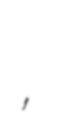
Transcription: کالونی ریلوے اسٹیشن,